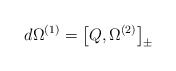
\begin{align*}d \Omega^{(1)} = \big [ Q , \Omega^{(2)} \big{]}_{\pm}\end{align*}